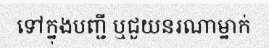
ទៅក្នុងបញ្ជី ឬជួយនរណាម្នាក់